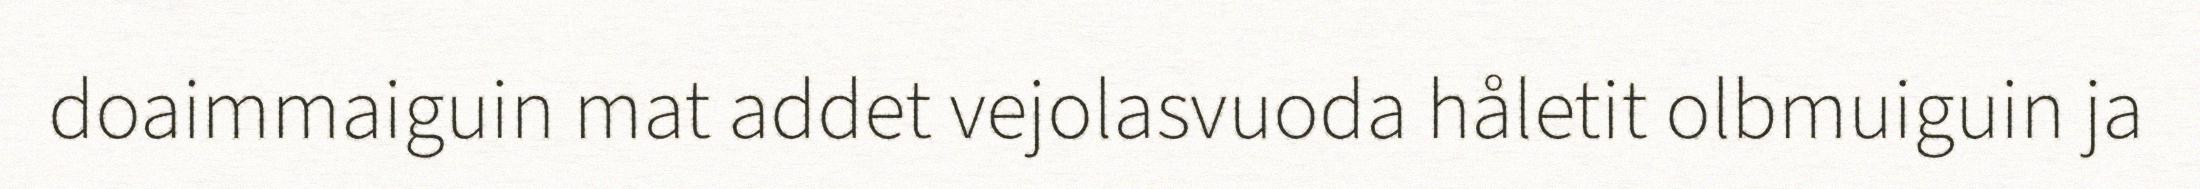
doaimmaiguin mat addet vejolasvuoda håletit olbmuiguin ja